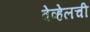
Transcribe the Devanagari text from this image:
वेव्हेलची